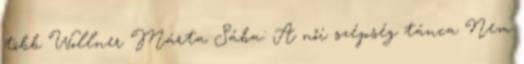
több Wollner Márta Sába: A női szépség tánca Nem